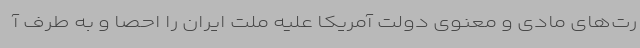
رت‌های مادی و معنوی دولت آمریکا علیه ملت ایران را احصا و به طرف آ